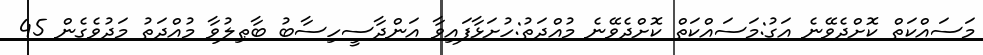
މަސައްކަތް ކޮށްދެވޭނެ އަގު:މަސައްކަތް ކޮށްދެވޭނެ މުއްދަތު:ހުށަޅާފައިވާ އަންދާސީހިސާބު ބާޠިލުވާ މުއްދަތު މަދުވެގެން 45